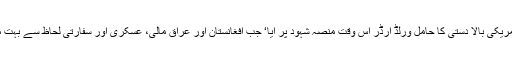
عراق کی جنگ کے بعد امریکی بالا دستی کا حامل ورلڈ آرڈر اس وقت منصۂ شہود پر آیا‘ جب افغانستان اور عراق مالی، عسکری اور سفارتی لحاظ سے بہت مہنگے تنازع ثابت ہوئے۔